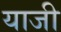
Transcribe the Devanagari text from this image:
याजी